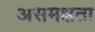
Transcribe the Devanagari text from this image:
असमक्षता